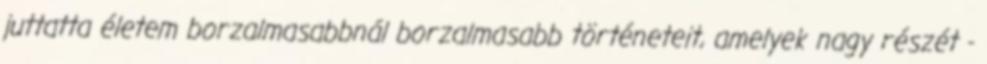
juttatta életem borzalmasabbnál borzalmasabb történeteit, amelyek nagy részét -